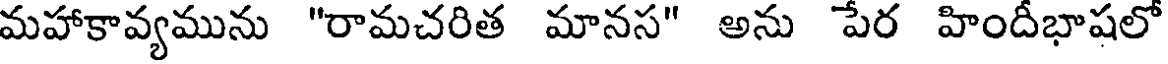
మహాకావ్యమును "రామచరిత మానస" అను పేర హిందీభాషలో